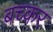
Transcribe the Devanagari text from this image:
बच्कर